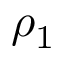
\rho _ { 1 }